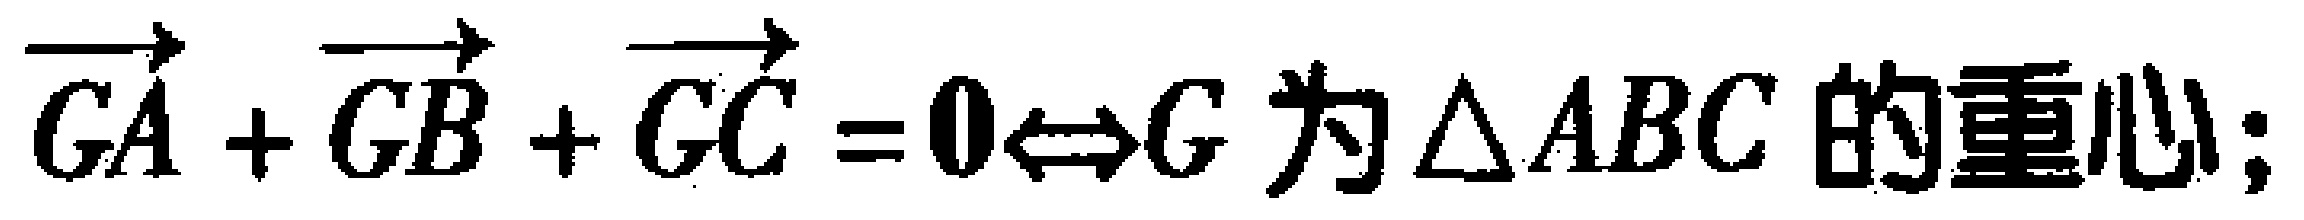
$\overrightarrow{GA}+\overrightarrow{GB}+\overrightarrow{GC}=\mathbf{0}\Leftrightarrow G\text{ 为 }\triangle ABC\text{ 的重心;}$